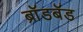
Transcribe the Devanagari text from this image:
ब्राॅडबॅड